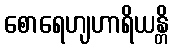
စောရေဟျဟာရိယန္တိ